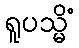
ရူပသ္မိံ